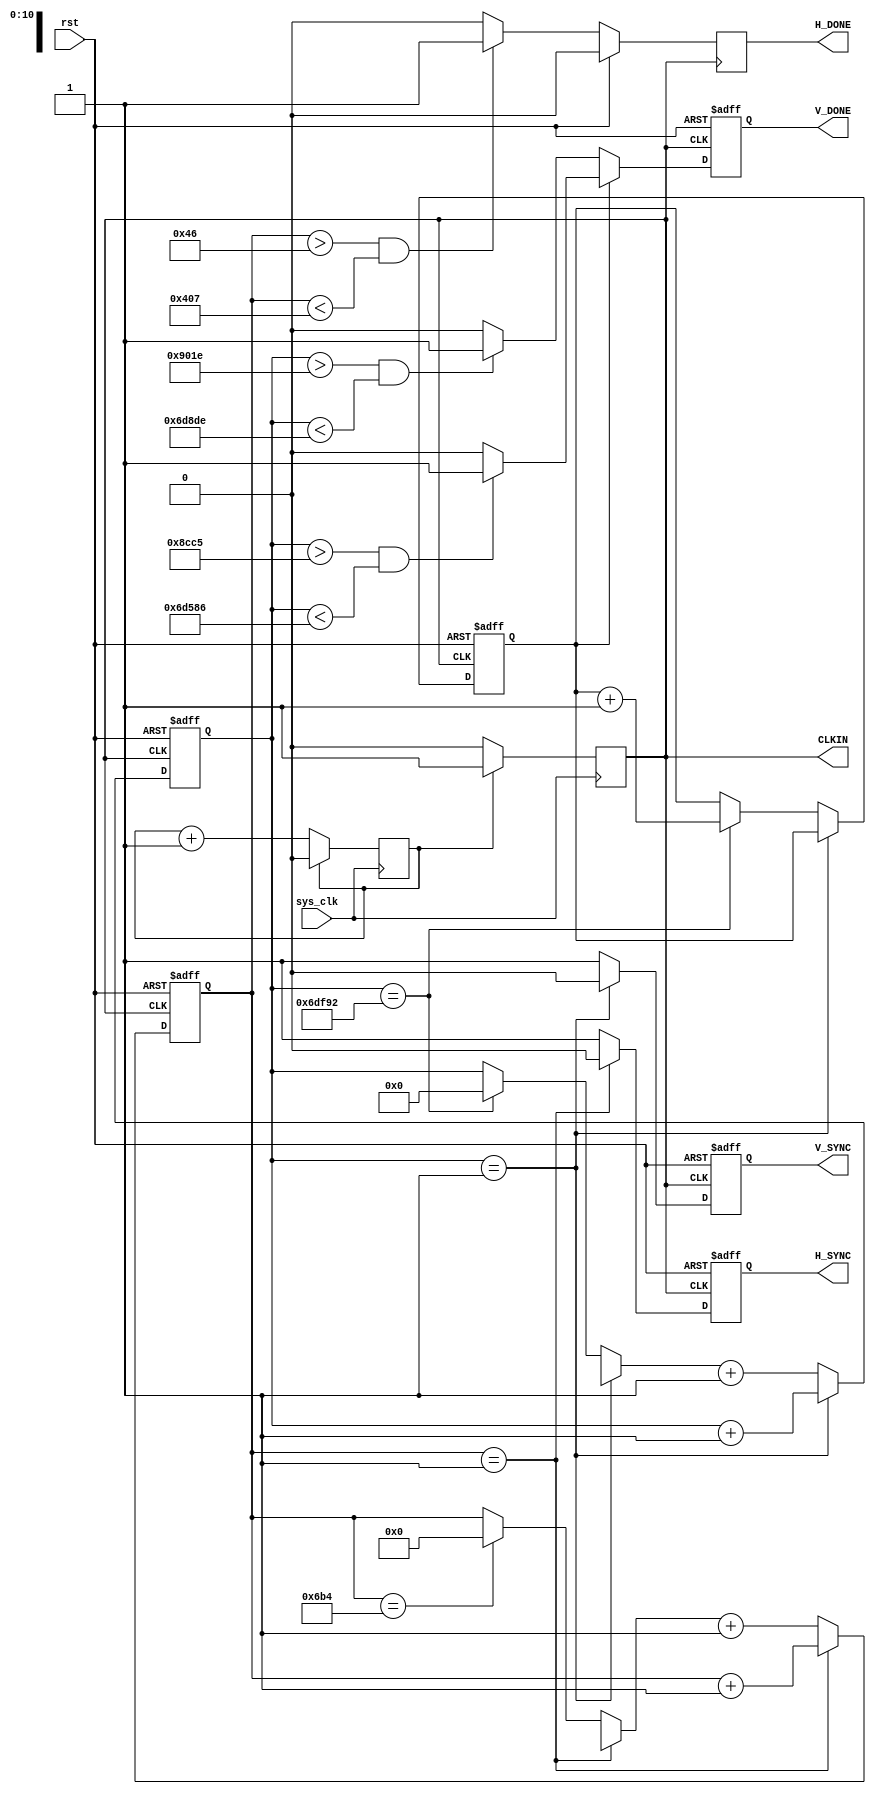
module SYNC (
		
		input sys_clk,
		input rst,
		output reg CLKIN,
		output reg H_SYNC,
		output reg H_DONE,
		output reg V_SYNC,
		output reg V_DONE
		//output reg [7:0] dataLCD
	
);

reg div_25;
reg [10:0] counterH;
reg [18:0] counterV;
reg counteraux;

//reg H_DONE;
//reg V_DONE;

initial begin
//dataLCD=8'h00;
div_25=1'b0;
CLKIN=1'b0;
H_DONE=1'b0;
H_SYNC=1'b0;
V_SYNC=1'b0;
counterH=11'b0;
counterV=19'b0;
counteraux =1'b1;
end

always @(posedge sys_clk)begin
//if(rst) begin CLKIN=0; div_25=0; endcounterH=0;
//else begin
	if(div_25)begin
		div_25=0;
		CLKIN =1;
		end
	else begin
	div_25=div_25+1;//Se obtiene un clock 25 MHz para CLKIN del LCD
	CLKIN=0;
	end
  //   end	
end

// Horizontal signals
always@(negedge CLKIN or posedge rst)begin
if(rst) begin counterH=0; H_SYNC=0; end
else  begin
	if(counterH==1)begin H_SYNC=0;	counterH=counterH+1;end
	else begin
			if(counterH==1716)begin 
				counterH=0;
				H_SYNC=0;	
			end 
			counterH=counterH+1;
			H_SYNC=1;

	     end
	end
end
// back porch front porch  70-------------------------------686
always@(negedge CLKIN)begin
if(rst) begin H_DONE=0; end
else begin
	if(counterH > 70 && counterH <1031)begin
		H_DONE=1'b1;//Indica cuando comienza el ciclo vlido para envio de datos (espacio observable)
	end
	else H_DONE=1'b0;
     end

end
//%%%%%%%%%%%%%%%%%%%%%%%%%%%%%%%%%%%%%%%%%%%%%%%%%%%%%%%%%%%%%%%%%%%%%%%%%%%%%%%%%%%%%%%%%%%%%%%%%%%%%%%%%%%%%%%%%%%%%%%
// Vertical Signals
always@(negedge CLKIN or posedge rst)begin
if(rst) begin counteraux=1; counterV=0; V_SYNC=0;end
else begin
	if(counterV==1)begin V_SYNC=0;	counterV=counterV+1;end
	else begin
		if(counterV==450450)begin//Contad, de 262.5*1716, para sincronizacin vertical
		counterV=0;
		V_SYNC=0;
		counteraux=counteraux+1;
		end
			counterV=counterV+1;
			V_SYNC=1;
	    end
     end
end
// logical f, odd , even line
//assign V_DONE = (counteraux) ? ((counterV > 36036 && counterV < 447878) ? 1:0) : ((counterV > 36895 && counterV < 448734) ? 1: 0) ;

always @(negedge CLKIN or posedge rst) begin
if(rst) begin V_DONE=0; end
else begin
	if(counteraux)begin //Si es impar la lnea
		if(counterV > 36037 && counterV < 447878)begin//>21 Counts BP y 1.5 de FP
		V_DONE=1'b1; 
		end
		else V_DONE=1'b0;	
	end else begin//Si es par la lnea
		if(counterV > 36894 && counterV < 448734)begin//21.5 counts de BP y 1 de FP
		V_DONE=1'b1;
		end
		else V_DONE=1'b0;	
	end
end
end
/*always @(negedge CLKIN ) begin
		if(counterH > 71 && counterH <166 )begin//>21 Counts BP y 1.5 de FP
		dataLCD=8'hFF; //BLANCO
		end
//		else dataLCD=8'b0;
		if(counterH > 165 && counterH < 262)begin//>21 Counts BP y 1.5 de FP
		dataLCD=8'h00; 
		end  
//		else dataLCD=8'b1;
		if(counterH > 261 && counterH < 358)begin//>21 Counts BP y 1.5 de FP
		dataLCD=8'hFF; 
		end  
//		else dataLCD=8'b0;
		if(counterH > 357 && counterH < 454)begin//>21 Counts BP y 1.5 de FP
		dataLCD=8'h00;
		end  
//		else dataLCD=8'b1;
		if(counterH > 453 && counterH < 550)begin//>21 Counts BP y 1.5 de FP
		dataLCD=8'hFF; 
		end  
		if(counterH > 549 && counterH < 646)begin//>21 Counts BP y 1.5 de FP
		dataLCD=8'h00; 
		end  
		if(counterH > 645 && counterH < 742)begin//>21 Counts BP y 1.5 de FP
		dataLCD=8'hFF; 
		end  
		if(counterH >  741 && counterH < 838)begin//>21 Counts BP y 1.5 de FP
		dataLCD=8'h00; 
		end  
		if(counterH > 837 && counterH < 934)begin//>21 Counts BP y 1.5 de FP
		dataLCD=8'hFF; 
		end  
		if(counterH > 933 && counterH < 1030)begin//>21 Counts BP y 1.5 de FP
		dataLCD=8'h00; 
		end
  
end*/
endmodule